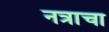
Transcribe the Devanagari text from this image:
नत्राचा